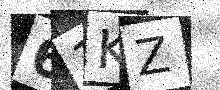
Text: 61KZ